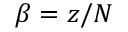
\beta = z / N